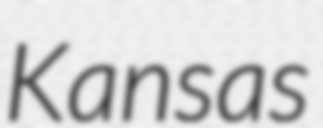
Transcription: Kansas